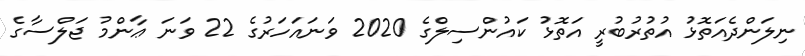
ނިލަންދެއަތޮޅު އުތުރުބުރީ އަތޮޅު ކައުންސިލްގެ 2020 ވަނައަހަރުގެ 22 ވަނަ ޢާންމު ޖަލްސާގެ